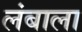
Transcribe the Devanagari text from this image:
लंबाला